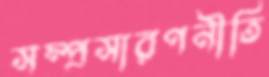
সম্প্রসারণনীতি